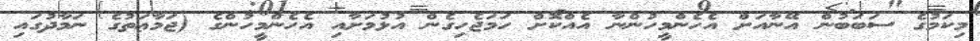
މިކަމުގެ ސަބަބުން އޭނާއަށް އެހެންމީހުންނާ އެއްކޮށް ހަމަޖެހިގެން އުޅުމަށާއި އެހެންމީހުންގެ (ޖަމާޢަތުގެ ނަމާދުގައި